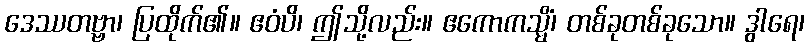
ဒေဿတဗ္ဗာ၊ ပြထိုက်၏။ ဧဝံပိ၊ ဤသို့လည်း။ ဧကောကသ္မိံ၊ တစ်ခုတစ်ခုသော။ ဒွါရေ၊